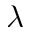
\lambda